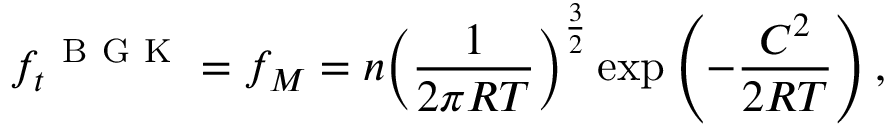
{ { f } _ { t } } ^ { \mathrm { ~ B ~ G ~ K ~ } } = { { f } _ { M } } = n { { \left( \frac { 1 } { 2 \pi R T } \right) } ^ { \frac { 3 } { 2 } } } \exp \left( - \frac { { { C } ^ { 2 } } } { 2 R T } \right) ,